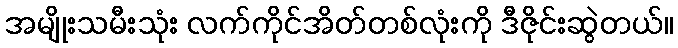
အမျိုးသမီးသုံး လက်ကိုင်အိတ်တစ်လုံးကို ဒီဇိုင်းဆွဲတယ်။